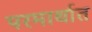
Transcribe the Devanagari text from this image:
परमार्थात